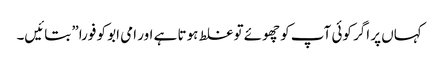
کہاں‌ پر اگر کوئی آپ کو چھوئے تو غلط ہوتا ہے اور امی ابو کو فورا” بتائیں۔